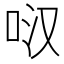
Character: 𭇙